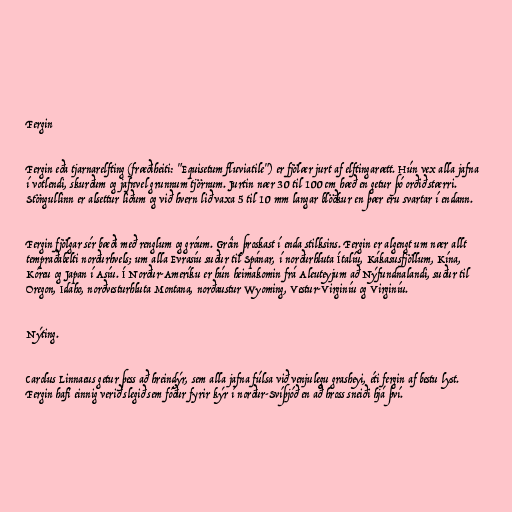
Fergin

Fergin eða tjarnarelfting (fræðiheiti: "Equisetum fluviatile") er fjölær jurt af elftingarætt. Hún vex alla jafna
í votlendi, skurðum og jafnvel grunnum tjörnum. Jurtin nær 30 til 100 cm hæð en getur þó orðið stærri.
Stöngullinn er alsettur liðum og við hvern lið vaxa 5 til 10 mm langar blöðkur en þær eru svartar í endann.

Fergin fjölgar sér bæði með renglum og gróum. Gróin þroskast í enda stilksins. Fergin er algengt um nær allt
tempraðabelti norðurhvels; um alla Evrasíu suður til Spánar, í norðurhluta Ítalíu, Kákasusfjöllum, Kína,
Kóreu og Japan í Asíu. Í Norður-Ameríku er hún heimakomin frá Aleuteyjum að Nýfundnalandi, suður til
Oregon, Idaho, norðvesturhluta Montana, norðaustur Wyoming, Vestur-Virginíu og Virginíu.

Nýting.

Carolus Linnaeus getur þess að hreindýr, sem alla jafna fúlsa við venjulegu grasheyi, éti fergin af bestu lyst.
Fergin hafi einnig verið slegið sem fóður fyrir kýr í norður-Svíþjóð en að hross sneiði hjá því.